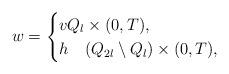
LaTeX: \begin{align*}w = \begin{cases}v Q_l \times (0,T),\\h\quad(Q_{2l} \setminus Q_l) \times (0,T),\end{cases}\end{align*}